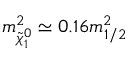
m _ { \tilde { \chi } _ { 1 } ^ { 0 } } ^ { 2 } \simeq 0 . 1 6 m _ { 1 / 2 } ^ { 2 }